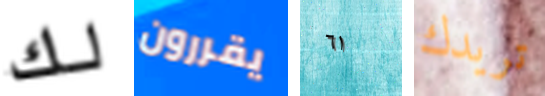
لك يقررون ٦١ تريدك